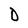
Character: D